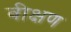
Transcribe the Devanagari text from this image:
वीक्षण